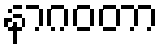
နာဂဝတာ